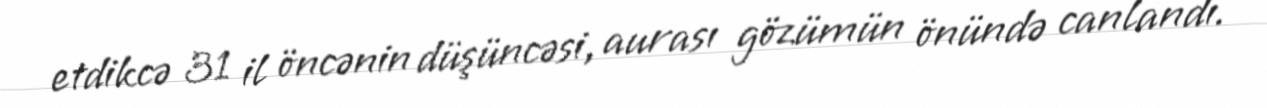
etdikcə 31 il öncənin düşüncəsi, aurası gözümün önündə canlandı.